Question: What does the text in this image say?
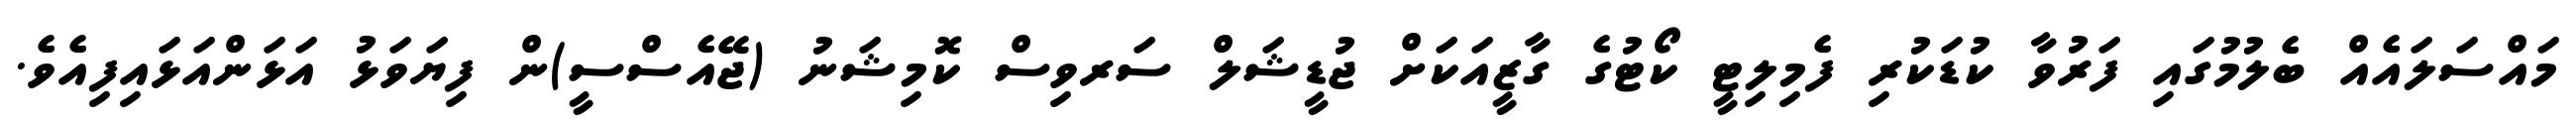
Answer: މައްސަލައެއް ބެލުމުގައި ފަރުވާ ކުޑަކުރި ފެމިލިޓީ ކޯޓުގެ ގާޒީއަކަށް ޖުޑީޝަލް ސަރވިސް ކޮމިޝަނު (ޖޭއެސްސީ)ން ފިޔަވަޅު އަޅަންއަޅައިފިއެވެ.